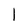
Character: l